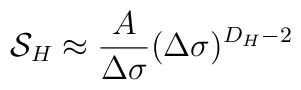
{\cal S}_H\approx { A\over \Delta\sigma} 	(\Delta\sigma)^{D_H-2}